Problem: 34 + 27 = ?
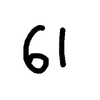
Handwritten answer: 61